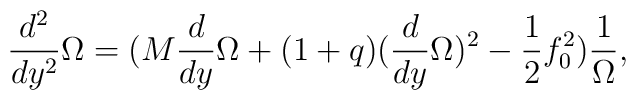
\frac{d^2}{dy^2} \Omega = ( M  \frac{d}{dy} \Omega+ (1 + q) ( \frac{d}{dy} \Omega )^2 - \frac{1}{2}f_0^2 ) \frac{1}{\Omega} ,